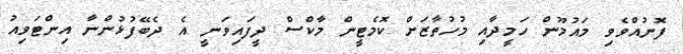
ފޮނުއްވެވި މައުމޫން ހަމީދާއި މުހުތާޒަށް ކޮމެޓީން މާކްސް ދީފައިވަނީ އެ ދެބޭފުޅުންނާ އިންޓަވިއު